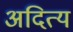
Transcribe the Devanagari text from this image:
अदित्य